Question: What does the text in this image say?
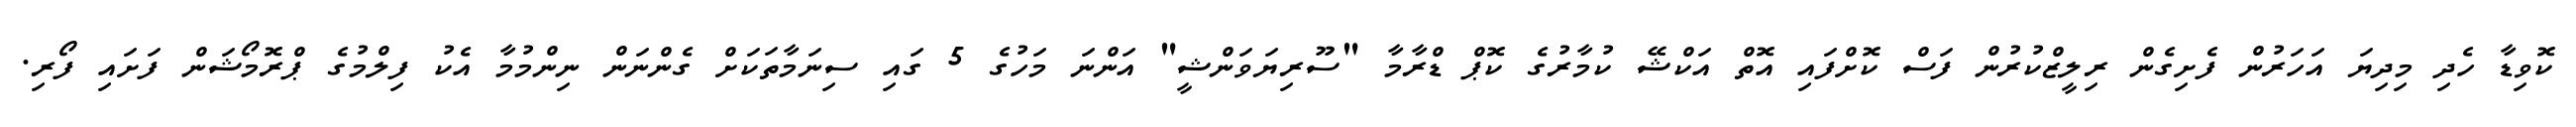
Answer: ކޮވިޑާ ހެދި މިދިޔަ އަހަރުން ފެށިގެން ރިލީޒްކުރުން ފަސް ކޮށްފައި އޮތް އަކްޝޭ ކުމާރުގެ ކޮޕް ޑްރާމާ "ސޫރިޔަވަންޝީ" އަންނަ މަހުގެ 5 ގައި ސިނަމާތަކަށް ގެންނަން ނިންމުމާ އެކު ފިލްމުގެ ޕްރޮމޯޝަން ފަށައި ފޯރި.